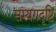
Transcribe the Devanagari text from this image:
सम्यगदृष्टि